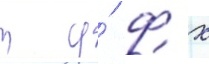
т у́ ф х